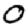
Digit: 0